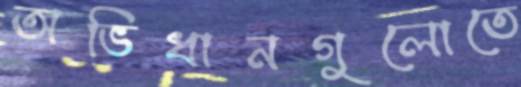
অভিধানগুলোতে